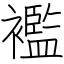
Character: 襤